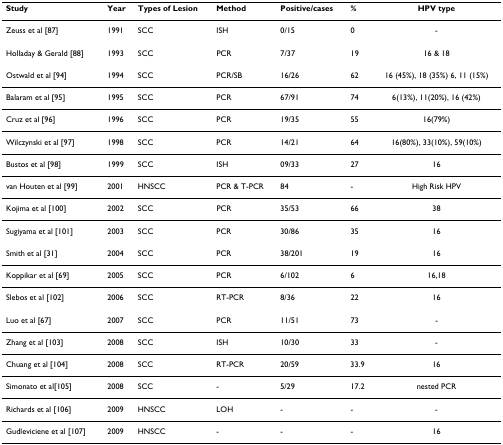
<table><thead><tr><td><b>Study</b></td><td><b>Year</b></td><td><b>Types of Lesion</b></td><td><b>Method</b></td><td><b>Positive/cases</b></td><td><b>%</b></td><td><b>HPV type</b></td></tr></thead><tbody><tr><td>Zeuss et al [87]</td><td>1991</td><td>SCC</td><td>ISH</td><td>0/15</td><td>0</td><td>-</td></tr><tr><td>Holladay &amp; Gerald [88]</td><td>1993</td><td>SCC</td><td>PCR</td><td>7/37</td><td>19</td><td>16 &amp; 18</td></tr><tr><td>Ostwald et al [94]</td><td>1994</td><td>SCC</td><td>PCR/SB</td><td>16/26</td><td>62</td><td>16 (45%), 18 (35%) 6, 11 (15%)</td></tr><tr><td>Balaram et al [95]</td><td>1995</td><td>SCC</td><td>PCR</td><td>67/91</td><td>74</td><td>6(13%), 11(20%), 16 (42%)</td></tr><tr><td>Cruz et al [96]</td><td>1996</td><td>SCC</td><td>PCR</td><td>19/35</td><td>55</td><td>16(79%)</td></tr><tr><td>Wilczynski et al [97]</td><td>1998</td><td>SCC</td><td>PCR</td><td>14/21</td><td>64</td><td>16(80%), 33(10%), 59(10%)</td></tr><tr><td>Bustos et al [98]</td><td>1999</td><td>SCC</td><td>ISH</td><td>09/33</td><td>27</td><td>16</td></tr><tr><td>van Houten et al [99]</td><td>2001</td><td>HNSCC</td><td>PCR &amp; T-PCR</td><td>84</td><td>-</td><td>High Risk HPV</td></tr><tr><td>Kojima et al [100]</td><td>2002</td><td>SCC</td><td>PCR</td><td>35/53</td><td>66</td><td>38</td></tr><tr><td>Sugiyama et al [101]</td><td>2003</td><td>SCC</td><td>PCR</td><td>30/86</td><td>35</td><td>16</td></tr><tr><td>Smith et al [31]</td><td>2004</td><td>SCC</td><td>PCR</td><td>38/201</td><td>19</td><td>16</td></tr><tr><td>Koppikar et al [69]</td><td>2005</td><td>SCC</td><td>PCR</td><td>6/102</td><td>6</td><td>16,18</td></tr><tr><td>Slebos et al [102]</td><td>2006</td><td>SCC</td><td>RT-PCR</td><td>8/36</td><td>22</td><td>16</td></tr><tr><td>Luo et al [67]</td><td>2007</td><td>SCC</td><td>PCR</td><td>11/51</td><td>73</td><td>-</td></tr><tr><td>Zhang et al [103]</td><td>2008</td><td>SCC</td><td>ISH</td><td>10/30</td><td>33</td><td>-</td></tr><tr><td>Chuang et al [104]</td><td>2008</td><td>SCC</td><td>RT-PCR</td><td>20/59</td><td>33.9</td><td>16</td></tr><tr><td>Simonato et al[105]</td><td>2008</td><td>SCC</td><td>-</td><td>5/29</td><td>17.2</td><td>nested PCR</td></tr><tr><td>Richards et al [106]</td><td>2009</td><td>HNSCC</td><td>LOH</td><td>-</td><td>-</td><td>-</td></tr><tr><td>Gudleviciene et al [107]</td><td>2009</td><td>HNSCC</td><td>-</td><td>-</td><td>-</td><td>16</td></tr></tbody></table>